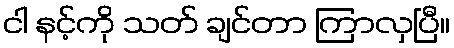
ငါ နင့်ကို သတ် ချင်တာ ကြာလှပြီ။